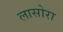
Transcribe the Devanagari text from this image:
लासोरा